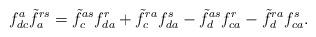
LaTeX: \begin{align*}f^{a}_{dc}\tilde{f}^{rs}_{a}=\tilde{f}^{as}_{c}f^{r}_{da}+\tilde{f}^{ra}_{c}f^{s}_{da}-\tilde{f}^{as}_{d}f^{r}_{ca}-\tilde{f}^{ra}_{d}f^{s}_{ca}.\end{align*}